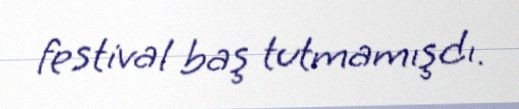
festival baş tutmamışdı.